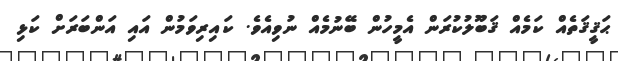
ޙަޤީޤަތެއް ކަމެއް ޤަބޫލުކުރަން އެމީހުން ބޭނުމެއް ނުވިއެވެ. ކައިރިވަމުން އައި އަންބަރަށް ކަޅި